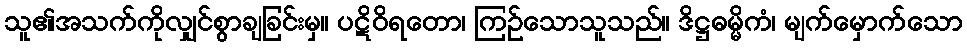
သူ၏အသက်ကိုလျှင်စွာချခြင်းမှ။ ပဋိဝိရတော၊ ကြဉ်သောသူသည်။ ဒိဋ္ဌဓမ္မိကံ၊ မျက်မှောက်သော